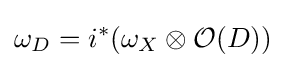
\omega _{D}=i^{*}(\omega _{X}\otimes {\mathcal {O}}(D))